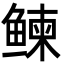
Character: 𬶠